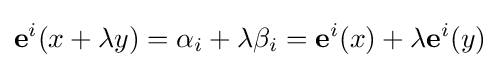
\mathbf {e} ^{i}(x+\lambda y)=\alpha _{i}+\lambda \beta _{i}=\mathbf {e} ^{i}(x)+\lambda \mathbf {e} ^{i}(y)